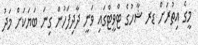
މީގެ އިތުރަށް ޑރ ޝާހުގެ ޓްވީޓްގައި ވަނީ ދާދިފަހުން ގިނަ ބަޔަކަށް މަދު